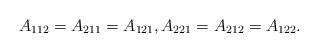
\begin{align*}A_{112}=A_{211}=A_{121},A_{221}=A_{212}=A_{122}. \end{align*}